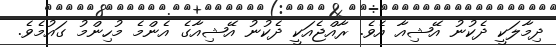
ދިމާލަކީ ދެކުނު އޭޝިއާ އެވެ. ރާއްޖެއަކީ ދެކުނު އޭޝިއާގެ އެންމެ މުހިންމު ގައުމެވެ.